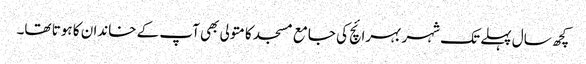
کچھ سال پہلے تک شہر بہرائچ کی جامع مسجد کا متولی بھی آپ کے خاندان کا ہوتا تھا۔